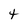
Character: t